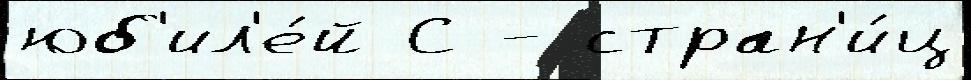
юб'ил'е́й С - стран'и́ц